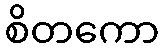
စိတကော